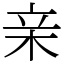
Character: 亲